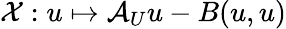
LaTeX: \mathcal{X}:u\mapsto\mathcal{A}_{U}u-B(u,u)